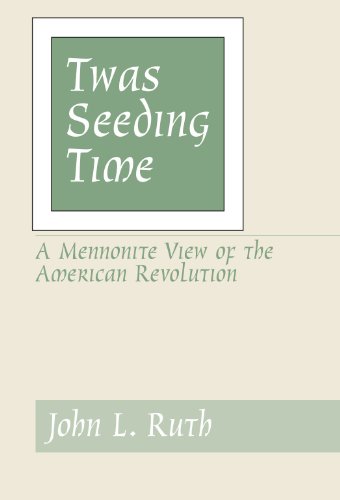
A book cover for Twas Seeding Time:; John Landis Ruth; Christian Books & Bibles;